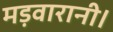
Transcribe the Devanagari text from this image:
मड़वारानी।